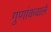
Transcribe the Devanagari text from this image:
गुणांकवाले